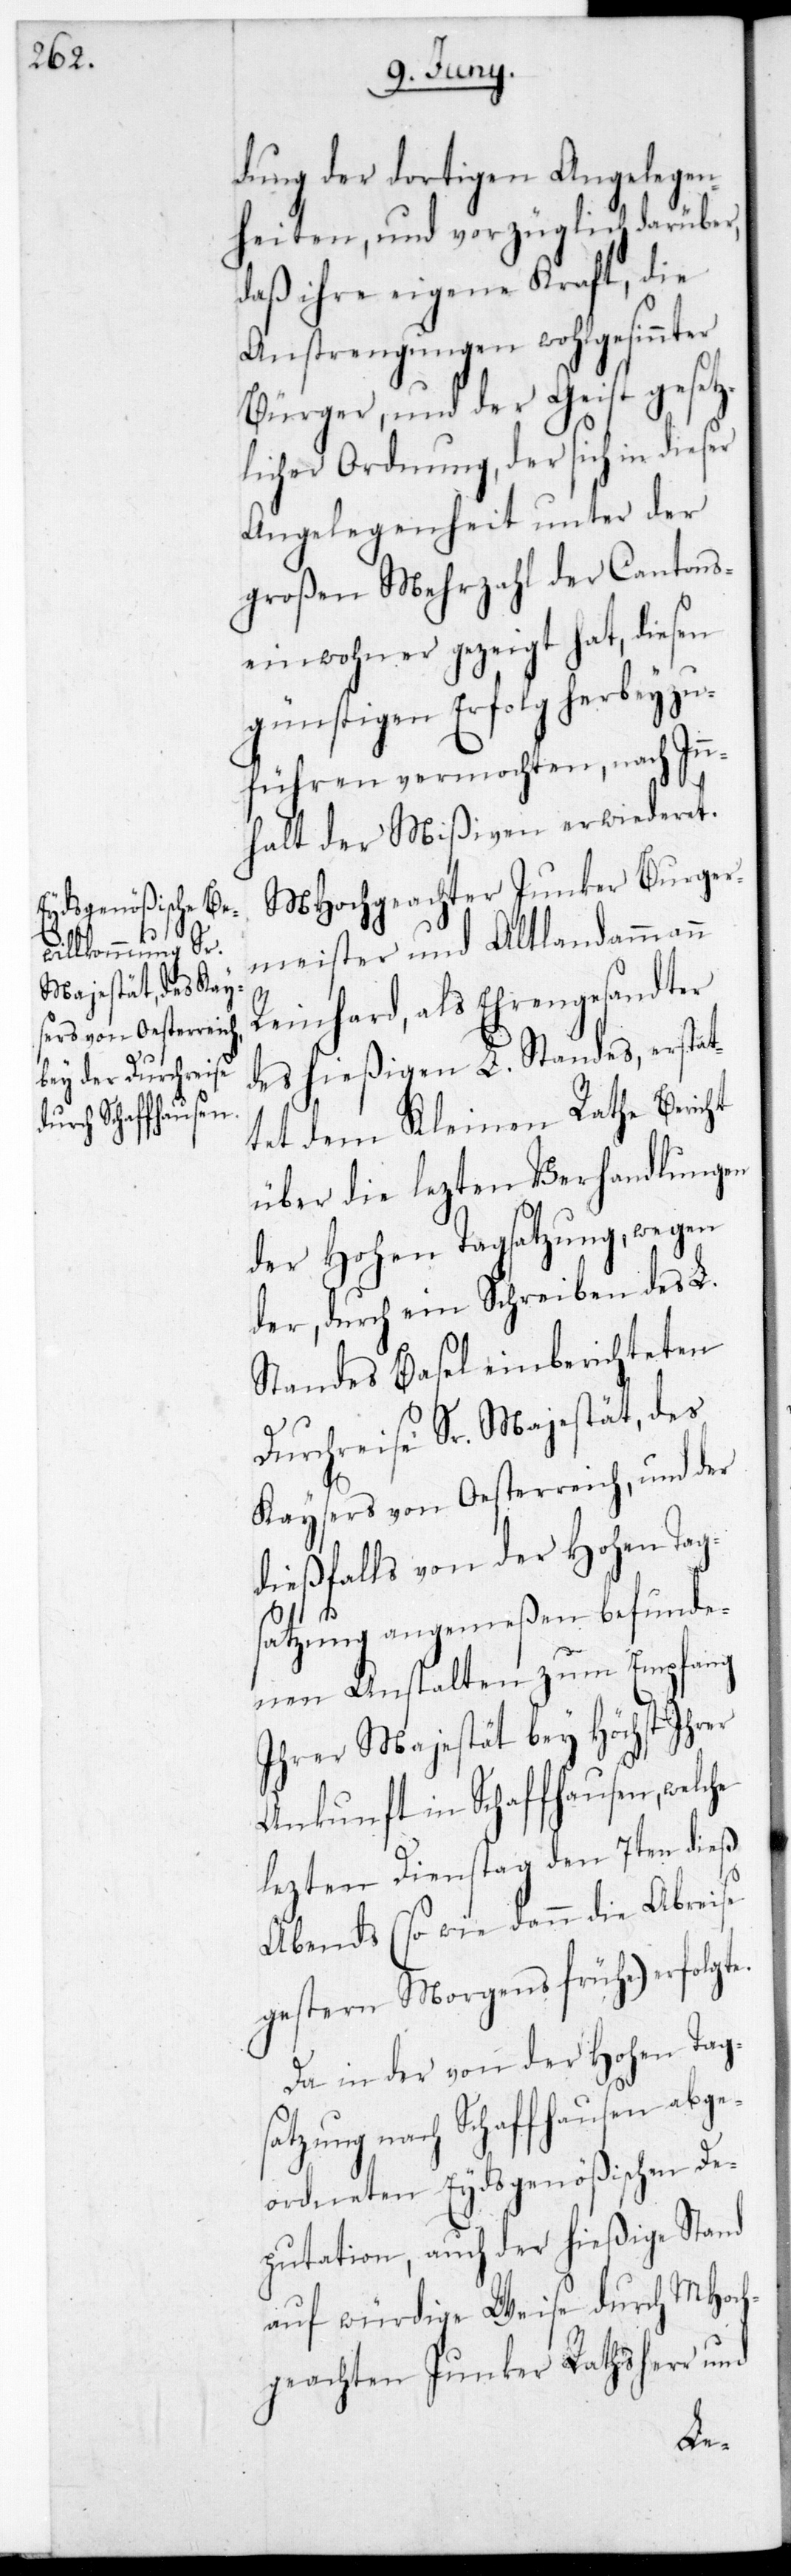
he

dung der dortigen Angelegen¬
heiten, und vorzüglich darüber,
daß ihre eigene Kraft, die
Anstrengungen wohlgesinnter
Bürger, und der Geist gesetz¬
licher Ordnung, der sich in dieser
Angelegenheit unter der
großen Mehrzahl der Cantons¬
einwohner gezeigt hat, diesen
günstigen Erfolg herbeyzu¬
führen vermochten, nach In¬
halt der Mißiven erwideret.
MHochgeachter Junker Burger¬
meister und Altlandammann
Reinhard, als Ehrengesandter
des hießigen L. Standes, erstat¬
tet dem Kleinen Rathe Bericht
über die letzten Verhandlungen
der Hohen Tagsatzung, wegen
der durch ein Schreiben des L.
Standes Basel einberichteten
Durchreise Sr Majestät des
Kaysers von Oesterreich, und der
dießfalls von der Hohen Tag¬
satzung angemeßen befunde¬
nen Anstalten zum Empfang
ihrer Majestät bey Höchst ihrer
Ankunft in Schaffhausen, welc¬
letzten Dienstag den 7ten dieß
Abends (sowie dann die Abreise
gestern Morgens frühe) erfolgte.
Da in der, von der Hohen Tag¬
satzung nach Schaffhausen abge¬
ordneten Eydsgenößischen De¬
putation, auch der hießige Stand
auf würdige Weise durch MHoch¬
geachten Junker Rathsherr und